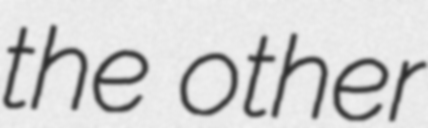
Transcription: the other